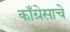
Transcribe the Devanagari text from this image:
काँग्रेसाचे